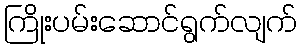
ကြိုးပမ်းဆောင်ရွက်လျက်